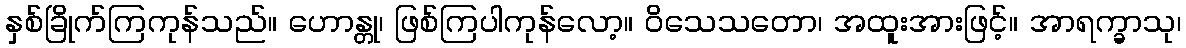
နှစ်ခြိုက်ကြကုန်သည်။ ဟောန္တု၊ ဖြစ်ကြပါကုန်လော့။ ဝိသေသတော၊ အထူးအားဖြင့်။ အာရက္ခာသု၊